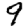
Digit: 9